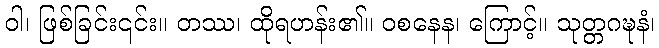
ဝါ၊ ဖြစ်ခြင်း၎င်း။ တဿ၊ ထိုရဟန်း၏။ ဝစနေန၊ ကြောင့်။ သုတ္တဂဍ္ဎနံ၊